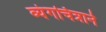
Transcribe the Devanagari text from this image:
व्यंगचित्राने